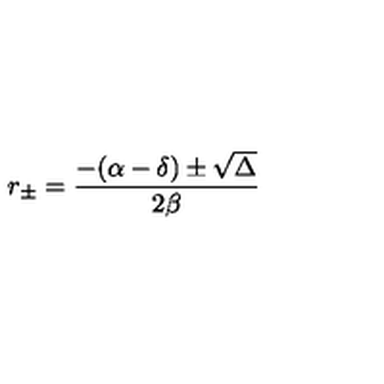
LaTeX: r _ { \pm } = \frac { - ( \alpha - \delta ) \pm \sqrt { \Delta } } { 2 \beta }